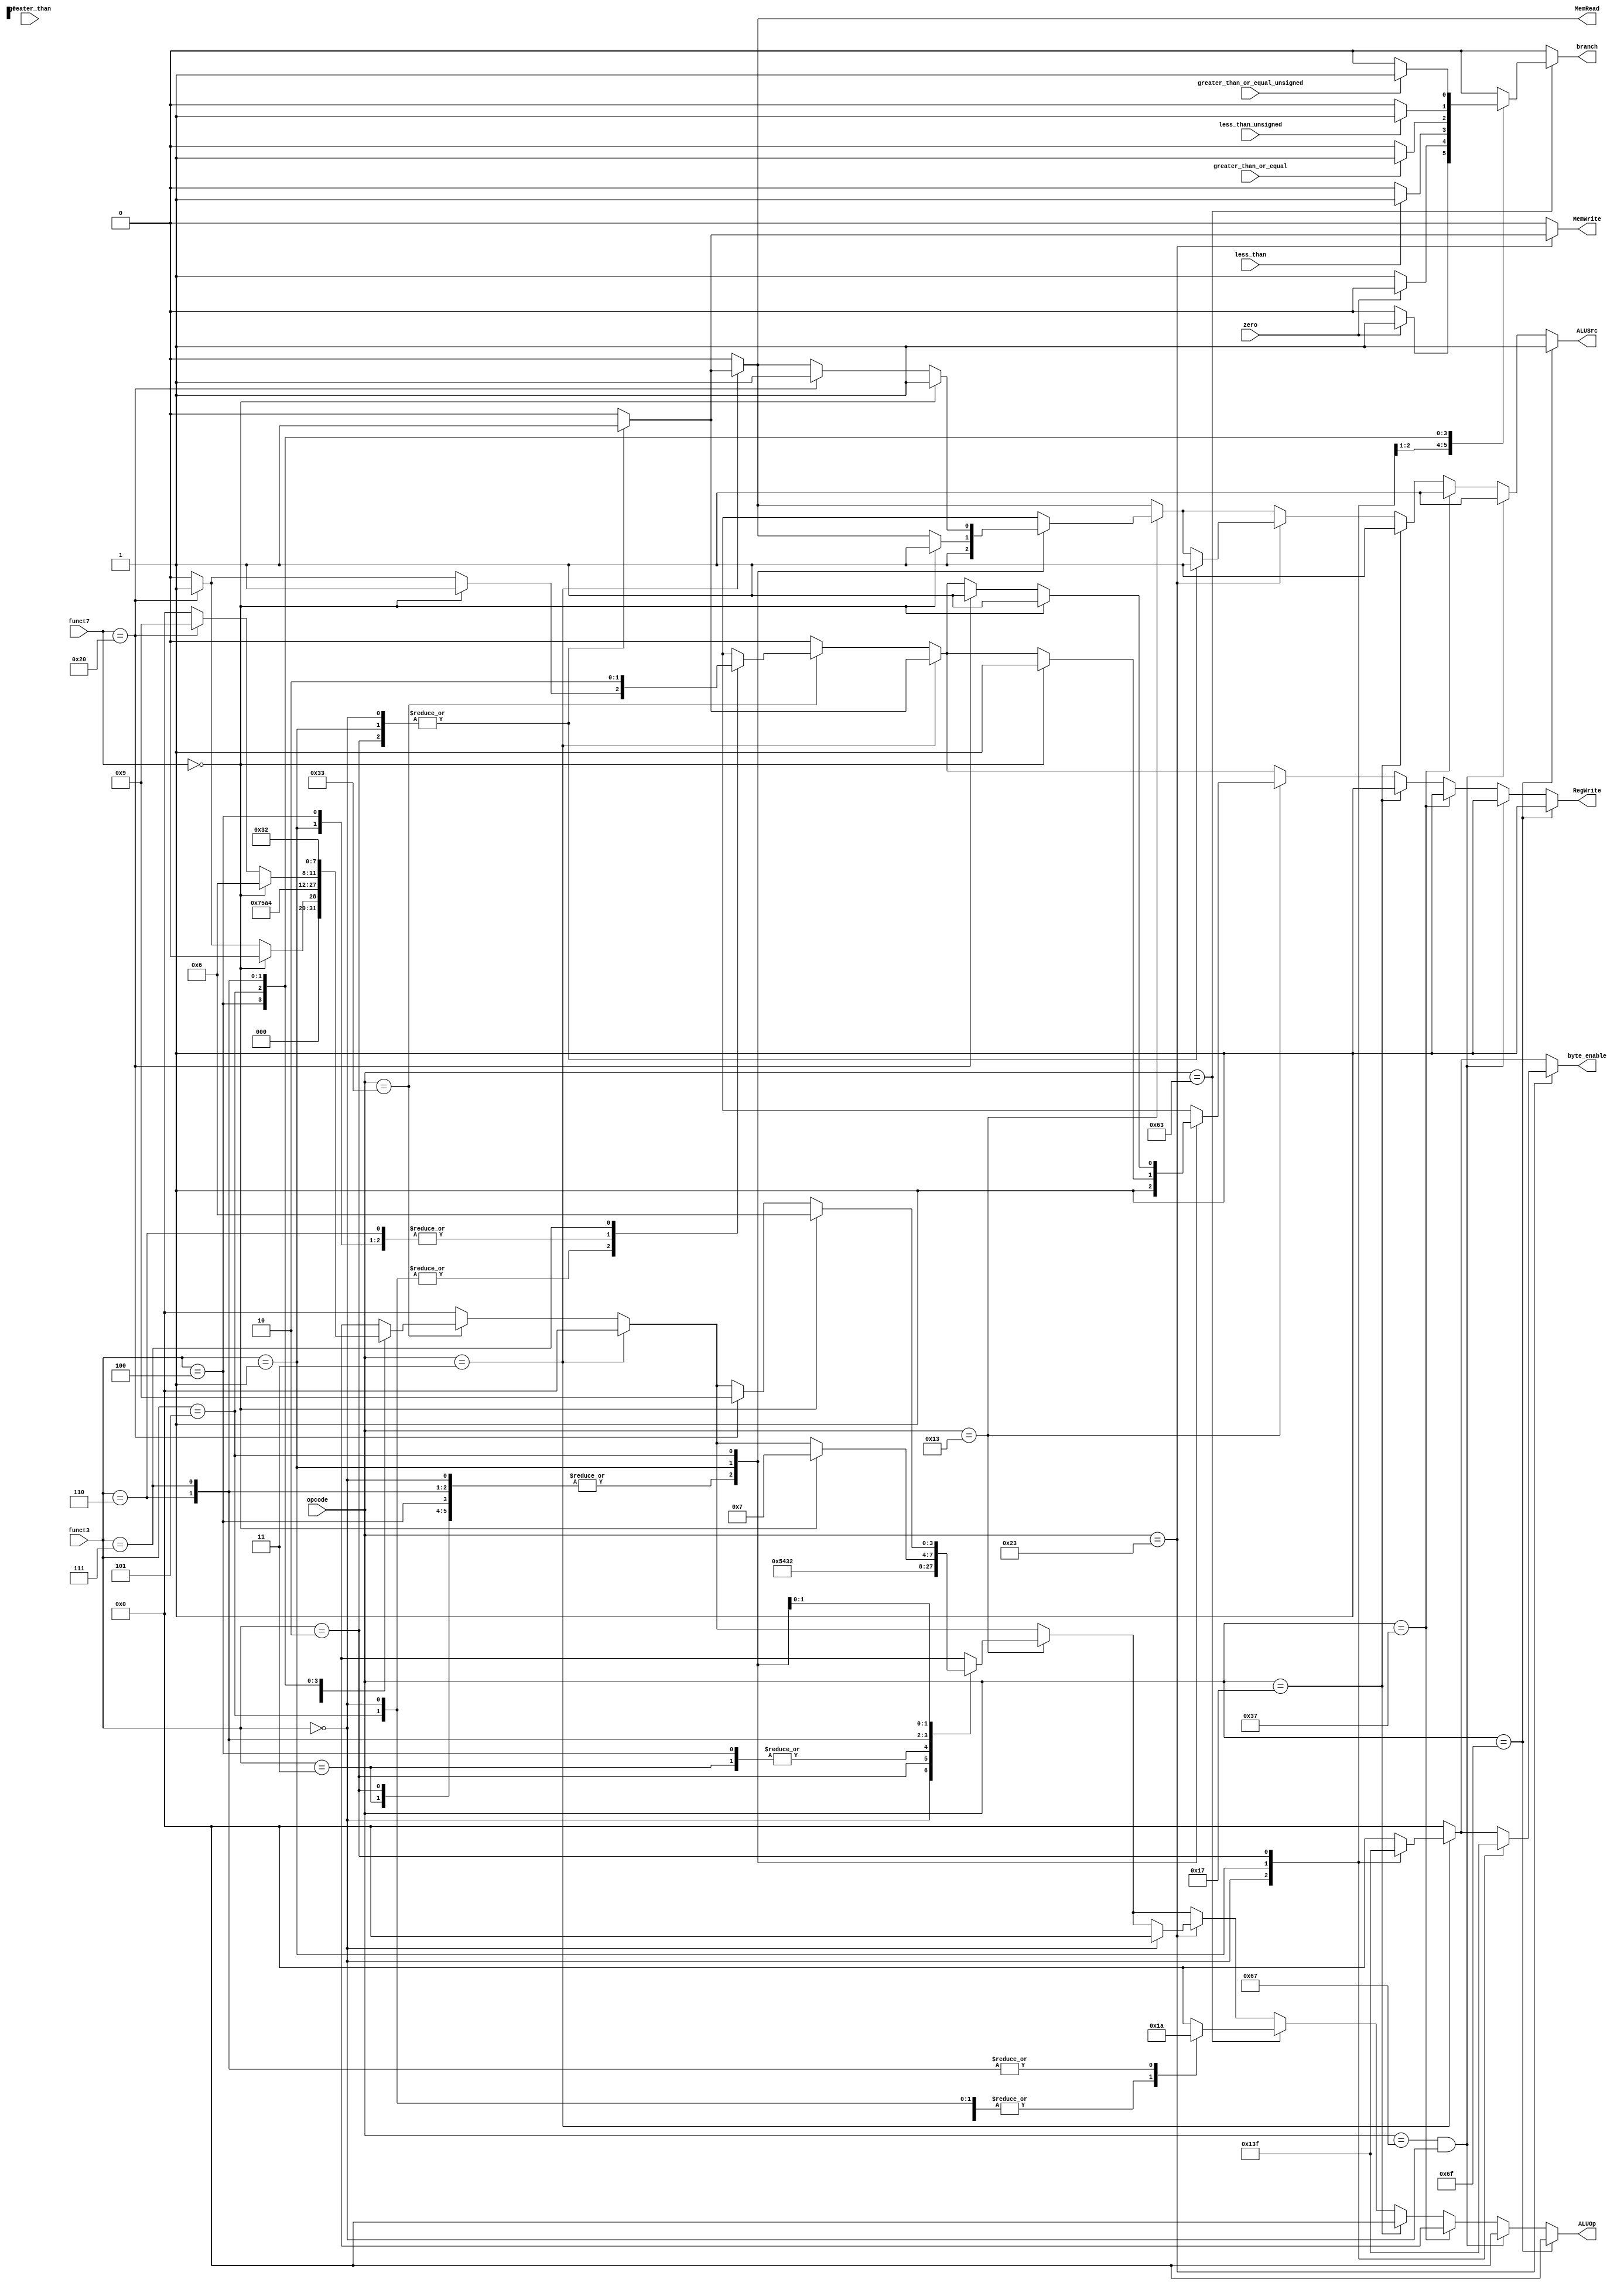
`timescale 1ns / 1ps
//   /  ,   ,          
//Countrol Unit
module Control_Unit #(parameter bitwidth = 32) (opcode, funct3, funct7, zero, less_than, less_than_unsigned, greater_than, greater_than_or_equal, greater_than_or_equal_unsigned, RegWrite,MemRead,MemWrite,
    branch,ALUOp,ALUSrc, byte_enable);
    input [6:0] opcode; 
    input [2:0] funct3;
    input [6:0] funct7;
    input zero;
    input less_than;
    input less_than_unsigned;
    input greater_than;
    input greater_than_or_equal;
    input greater_than_or_equal_unsigned;
    output RegWrite;
    output MemRead;
    output MemWrite;
    output branch;
    output [3:0] ALUOp;
    output ALUSrc;
    output [3:0] byte_enable;

    reg RegWrite;
    reg MemRead;
    reg MemWrite;
    reg branch;
    reg [3:0] ALUOp;
    reg ALUSrc;
    reg [3:0] byte_enable;

    always@(*) begin
        ALUOp = 4'b0000; //Default value
        ALUSrc = 0;
        MemRead = 0;
        MemWrite =0;
        RegWrite =0;
        byte_enable =0;
        if(opcode == 7'b0110011) begin //R-type Instruction 
            case (funct3)
                3'b000 : if(funct7 == 7'b000_0000) begin // add or sub
                            ALUOp = 4'b0000;
                            RegWrite = 1;
                         end
                         else if(funct7 == 7'b010_0000) begin
                            ALUOp = 4'b0001;
                            RegWrite = 1; 
                         end
                3'b001 : begin
                            ALUOp = 4'b0111;  //SLL
                            RegWrite = 1;
                         end
                3'b010 : begin
                            ALUOp = 4'b0101; //SLT
                            RegWrite = 1;
                         end
                3'b011 : begin
                            ALUOp = 4'b1010; //SLTU
                            RegWrite = 1;
                         end
                3'b100 : begin
                            ALUOp = 4'b0100; //XOR
                            RegWrite = 1;
                         end
                3'b101 : if(funct7 == 7'b000_0000) begin  
                            ALUOp = 4'b0110; //SRL
                            RegWrite = 1;
                         end
                         else if(funct7 == 7'b0100000) begin
                            ALUOp = 4'b1001; // SRA
                            RegWrite = 1;
                         end
                3'b110 : begin
                            ALUOp = 4'b0011; // OR
                            RegWrite = 1;
                         end
                3'b111 : begin
                            ALUOp = 4'b0010; // AND
                         end
            endcase
        end
        if(opcode == 7'b0000011) begin //I-Type LOAD Instruction
            case (funct3)
                3'b000 : begin //LB
                    ALUOp = 4'b0000; 
                    ALUSrc = 1;
                    MemRead = 1; //    1
                    RegWrite = 1; //    1
                    byte_enable = 4'b0001;
                end
                3'b001 : begin //LH
                    ALUOp = 4'b0000; 
                    ALUSrc = 1;
                    MemRead = 1; 
                    RegWrite = 1;
                    byte_enable = 4'b0011;
                end
                3'b010 : begin //LW
                    ALUOp = 4'b0000; 
                    ALUSrc = 1;
                    MemRead = 1;
                    RegWrite = 1;
                    byte_enable = 4'b1111;
                end
                default : begin
                    ALUOp = 4'b0000;
                    ALUSrc = 0;
                    MemRead = 0;
                    RegWrite = 0;
                end
            endcase
        end
        if(opcode == 7'b0010011) begin //I-Type Instruction
            case (funct3)
                3'b000 : begin //ADDI
                    ALUOp = 4'b0000; 
                    ALUSrc = 1;
                    RegWrite = 1;
                end
                3'b010 : begin //SLTI
                    ALUOp = 4'b0101;
                    ALUSrc = 1;
                    RegWrite = 1;
                end
                3'b011 : begin //SLTIU
                    ALUOp = 4'b0100;
                    ALUSrc =1;
                    RegWrite = 1;
                end
                3'b100 : begin //XORI
                    ALUOp = 4'b0100;
                    ALUSrc =1;
                    RegWrite = 1;
                end
                3'b110 : begin //ORI
                    ALUOp = 4'b0011;
                    ALUSrc =1;
                    RegWrite = 1;
                end
                3'b111 : begin //ANDI
                    ALUOp = 4'b0010;
                    ALUSrc =1;
                    RegWrite = 1;
                end
                3'b001 : begin //SLLI
                    if(funct7 == 7'b000_000) begin
                        ALUOp = 4'b0111;
                        ALUSrc = 1;
                        RegWrite = 1;
                    end
                end
                3'b101 : begin //SRLI
                    if(funct7 == 7'b000_0000) begin
                        ALUOp = 4'b0110;
                        ALUSrc = 1;
                        RegWrite = 1;
                    end
                    else if(funct7 == 7'b010_0000) begin
                        ALUOp = 4'b1001;
                        ALUSrc = 1;
                        RegWrite = 1;
                    end
                end
                default : begin
                    ALUOp = 4'b0000;
                    ALUSrc = 0;
                    RegWrite = 0;
                end
            endcase
        end
        if(opcode == 7'b0100011) begin // S-type Instruction
            case(funct3) 
                3'b000 : begin
                            ALUOp = 4'b0000; //ADD
                            MemWrite = 1; //SB Store Byte       
                            byte_enable = 4'b0001;
                            ALUSrc = 1;
                         end
                3'b001 : begin
                            MemWrite = 1; //SH Store half word 
                            byte_enable = 4'b0011;
                            ALUSrc = 1;
                            MemWrite = 1;
                         end
                3'b010 : begin
                            MemWrite = 1; //SW store word
                            byte_enable = 4'b1111;
                            ALUSrc = 1;
                            MemWrite = 1;
                         end
                default : MemWrite =0;
           endcase
        end
        if(opcode == 7'b1100011) begin // B-type Instruction  
            case(funct3)
                3'b000 : begin // BEQ(branch if Equal)
                    ALUOp = 4'b0001; //SUB
                end
                3'b001 : begin //BNE(branch if not Equal)
                    ALUOp = 4'b0001; //SUB
                end
                3'b100 : begin //BLT (branch if Less than)
                    ALUOp = 4'b0001; //SUB
                end
                3'b101 : begin //BGE (branch if Greater Than or Equal)
                    ALUOp = 4'b0001; //SUB
                end
                3'b110 : begin //BLTU (branch if Less Than, Unsigned
                    ALUOp = 4'b1010; //SLTU
                end
                3'b111 : begin //BGEU(Branch if Greater Than or Equal, Unsigned)
                    ALUOp = 4'b1010; //SLTU
                end
                default : begin
                    ALUOp = 4'b0000;
                end
            endcase
         end
            //B-type  ,   ALU     ALUOp 
            //  ALU (zero)         
            // ALU    .
        //U-type Instruction      PC    
        if(opcode == 7'b0110111) begin  //LUI (Load Upper Immediate)   
                                        // 20 ,    0 
            ALUSrc = 1;
            RegWrite = 1;
            ALUOp = 4'bxxxx;
            //ALUOp 
        end
        else if(opcode == 7'b0010111) begin //AUIPC(Add Upper immediate to PC)  PC     
            //AUIPC PC       ADD 
            ALUSrc = 1;
            RegWrite = 1;
            ALUOp = 4'b0000; //ADD
        end
        //J-type instruction
        if(opcode == 7'b1101111) begin // JAL
            ALUSrc = 1;
            RegWrite = 1;
            ALUOp = 4'b0000; // ADD
        end
        else if(opcode == 7'b1100111 && funct3 == 3'b000) begin // JALR
            ALUSrc = 1;
            RegWrite = 1;
            ALUOp = 4'b0000; // ADD
        end
    end
    //Branch Decision Logic
    always @(*) begin
    branch = 0;
    if(opcode == 7'b1100011) begin
        case(funct3)
            3'b000 : if (zero == 1) branch = 1; // Branch if equal
            3'b001 : if (zero == 0) branch = 1; // Branch if not equal
            3'b100 : if (less_than == 1) branch = 1; // Branch if less than
            3'b101 : if (greater_than_or_equal == 1) branch = 1; // Branch if greater than or equal
            3'b110 : if (less_than_unsigned == 1) branch = 1; // Branch if less than unsigned
            3'b111 : if (greater_than_or_equal_unsigned == 1) branch = 1; // Branch if greater than or equal unsigned
            default: branch = 0;
        endcase
   end
end
endmodule